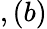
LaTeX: ,(b)